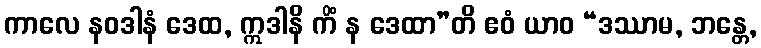
ကာလေ နဝဒါနံ ဒေထ, ဣဒါနိ ကိံ န ဒေထာ”တိ ဧဝံ ယာဝ “ဒဿာမ, ဘန္တေ,